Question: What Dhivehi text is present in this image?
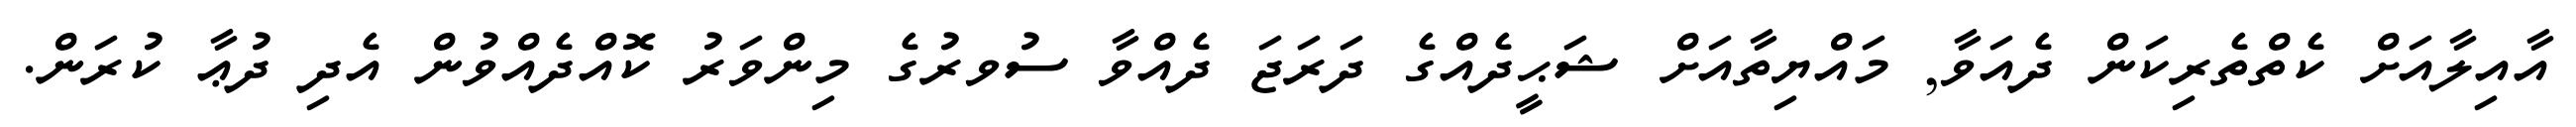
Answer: އާއިލާއަށް ކެތްތެރިކަން ދެއަވާ, މައްޔިތާއަށް ޝަޙީދެއްގެ ދަރަޖަ ދެއްވާ ސުވރުގެ މިންވަރު ކޮއްދެއްވުން އެދި ދުޢާ ކުރަން.